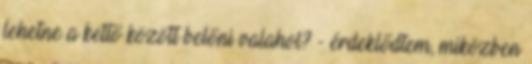
lehetne a kettő között belőni valahol? - érdeklődtem, miközben